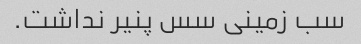
سب زمینی سس پنیر نداشت.